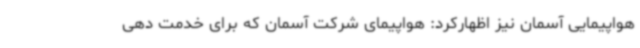
هواپیمایی آسمان نیز اظهارکرد: هواپیمای شرکت آسمان که برای خدمت دهی